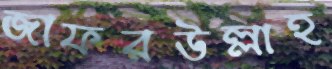
জাফরউল্লাহ